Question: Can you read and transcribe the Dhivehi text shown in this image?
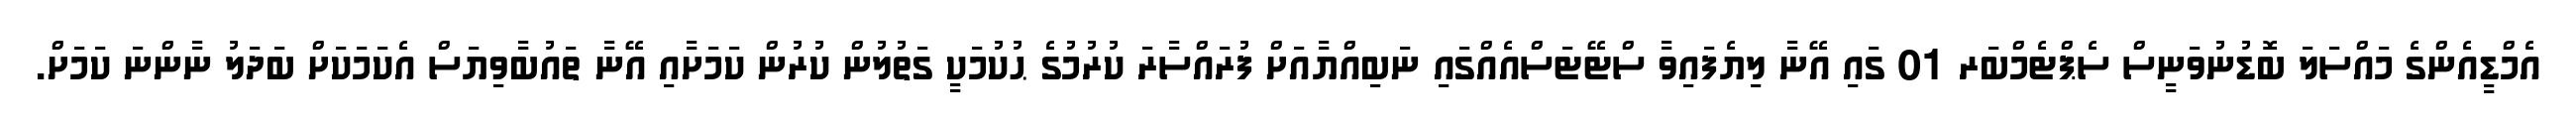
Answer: އެމްޑީއެންގެ މައްސަލަ ބޮޑުނުވަނީސް ސެޕްޓެމްބަރ 01 ގައި އޭނާ ލިޔެފައިވާ ސްޓޭޓަސްއެއްގައި ނަބިއްޔާއަށް ފުރައްސާރަ ކުރުމުގެ ޙުކުމަކީ ގަތުލުން ކުރުން ކަމަށާއި އޭނާ ތައުބާވިޔަސް އެކަމަކަށް ބަދަލު ނާންނަ ކަމަށް.